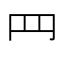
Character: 䍏